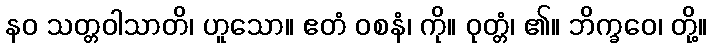
နဝ သတ္တဝါသာတိ၊ ဟူသော။ ဧတံ ဝစနံ၊ ကို။ ဝုတ္တံ၊ ၏။ ဘိက္ခဝေ၊ တို့။